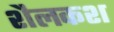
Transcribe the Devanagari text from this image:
शैलकश